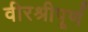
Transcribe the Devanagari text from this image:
वीरश्रीपूर्ण